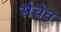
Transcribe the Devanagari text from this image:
सैचेव